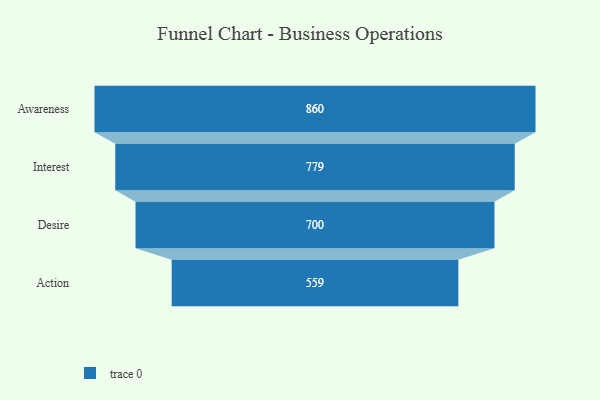
{"axis": {"x": "Stage", "y": "Value"}, "legend": [""], "data": [{"x": "Awareness", "y": 860.0, "type": ""}, {"x": "Interest", "y": 779.0, "type": ""}, {"x": "Desire", "y": 700.0, "type": ""}, {"x": "Action", "y": 559.0, "type": ""}]}